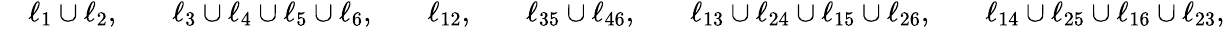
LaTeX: \begin{array}{rlrlrlrlrlrl}&{\ell_{1}\cup\ell_{2},}&&{\ell_{3}\cup\ell_{4}\cup\ell_{5}\cup\ell_{6},}&&{\ell_{12},}&&{\ell_{35}\cup\ell_{46},}&&{\ell_{13}\cup\ell_{24}\cup\ell_{15}\cup\ell_{26},}&&{\ell_{14}\cup\ell_{25}\cup\ell_{16}\cup\ell_{23},}\end{array}